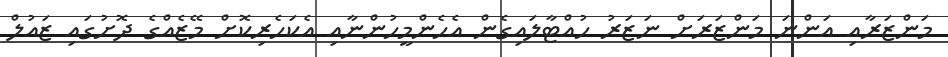
މަންޒަރާއި އަންނަ މަންޒަރަށް ނަޒަރު ހުއްޓާލައިގެން އެހެންމީހުންނާއި އެކަހެރިކޮށް މޭޒެއްގެ ދޮށުގައި ޒައުލް